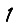
Digit: 1